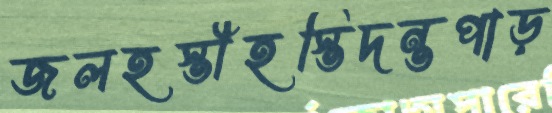
জলহস্তীহস্তিদন্তপাড়